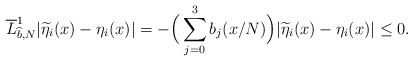
\begin{align*}& {\overline { L}}_{\widehat b, N}^1|\widetilde \eta_{i}(x)-\eta_{i}(x) |= -\Big(\sum\limits_{j=0}^3 b_j(x/N)\Big) |\widetilde \eta_i(x) - \eta_i(x)|\leq 0. \end{align*}